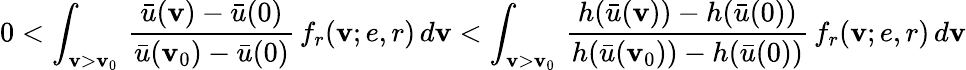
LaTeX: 0<\int_{\mathbf{v}>\mathbf{v}_{0}}\, \frac{{\bar{{u}}(\mathbf{v})-\bar{{u}}(0)}}{{\bar{{u}}(\mathbf{v}_{0})-\bar{{u}}(0)}}\, f_{r}(\mathbf{v};e,r)\, d\mathbf{v}<\int_{\mathbf{v}>\mathbf{v}_{0}}\, \frac{{h(\bar{{u}}(\mathbf{v}))-h(\bar{{u}}(0))}}{{h(\bar{{u}}(\mathbf{v}_{0}))-h(\bar{{u}}(0))}}\, f_{r}(\mathbf{v};e,r)\, d\mathbf{v}